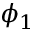
\phi _ { 1 }